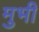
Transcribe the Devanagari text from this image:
मुभी